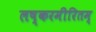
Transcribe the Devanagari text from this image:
लष्करमीरितम्